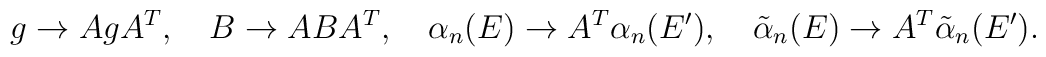
g\to AgA^T,\ \ \ B\to ABA^T,\ \ \ \alpha_n(E)\to A^T\alpha_n(E^{\prime}),\ \ \ \tilde{\alpha}_n(E)\to A^T\tilde{\alpha}_n(E^{\prime}).